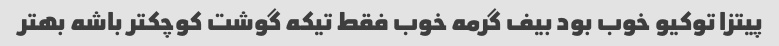
پیتزا توکیو خوب بود بیف گرمه خوب فقط تیکه گوشت کوچکتر باشه بهتر